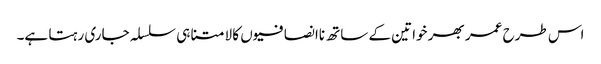
اس طرح عمر بھر خواتین کے ساتھ ناانصافیوں کا لامتناہی سلسلہ جاری رہتا ہے۔